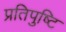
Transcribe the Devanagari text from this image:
प्रतिपुष्‍टि